Calcutta medical institutions reports 1879-81 [i.e.91]
Year: 1879
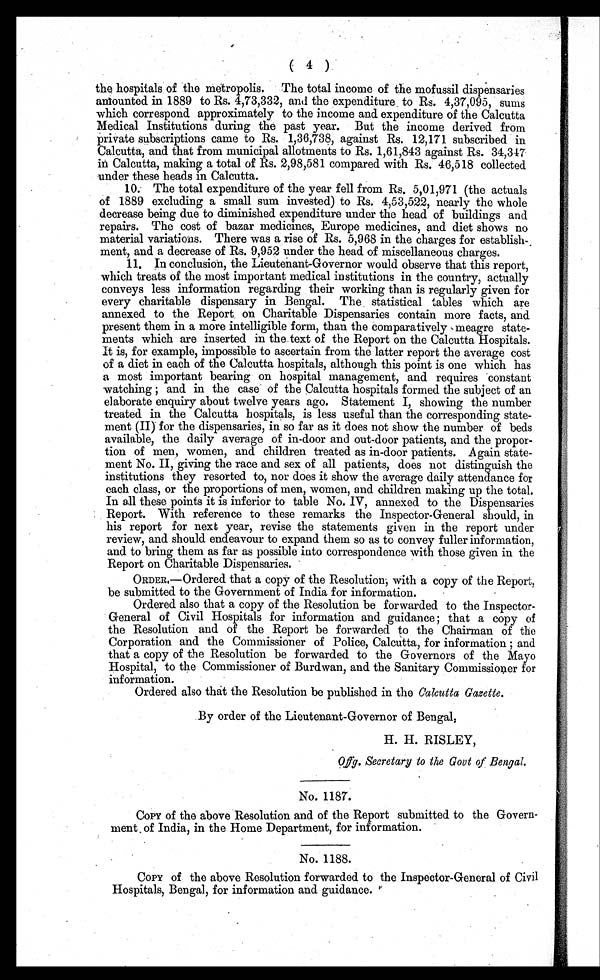
( 4 )
the hospitals of the metropolis. The total income of the mofussil dispensaries
amounted in 1889 to Rs. 4,73,332, and the expenditure to Rs. 4,37,095, sums
which correspond approximately to the income and expenditure of the Calcutta
Medical Institutions during the past year. But the income derived from
private subscriptions came to Rs. 1,36,738, against Rs. 12,171 subscribed in
Calcutta, and that from municipal allotments to Rs. 1,61,843 against Rs. 34,347
in Calcutta, making a total of Rs. 2,98,581 compared with Rs. 46,518 collected
under these heads in Calcutta.
10. The total expenditure of the year fell from Rs. 5,01,971 (the actuals
of 1889 excluding a small sum invested) to Rs. 4,53,522, nearly the whole
decrease being due to diminished expenditure under the head of buildings and
repairs. The cost of bazar medicines, Europe medicines, and diet shows no
material variations. There was a rise of Rs. 5,968 in the charges for establish-
ment, and a decrease of Rs. 9,952 under the head of miscellaneous charges.
11. In conclusion, the Lieutenant-Governor would observe that this report,
which treats of the most important medical institutions in the country, actually
conveys less information regarding their working than is regularly given for
every charitable dispensary in Bengal. The statistical tables which are
annexed to the Report on Charitable Dispensaries contain more facts, and
present them in a more intelligible form, than the comparatively meagre state
-ments which are inserted in the text of the Report on the Calcutta Hospitals.
It is, for example, impossible to ascertain from the latter report the average cost
of a diet in each of the Calcutta hospitals, although this point is one which has
a most important bearing on hospital management, and requires constant
watching; and in the case of the Calcutta hospitals formed the subject of an
elaborate enquiry about twelve years ago. Statement I, showing the number
treated in the Calcutta hospitals, is less useful than the corresponding state
-ment (II) for the dispensaries, in so far as it does not show the number of beds
available, the daily average of in-door and out-door patients, and the propor
-tion of men, women, and children treated as in-door patients. Again state
-ment No. II, giving the race and sex of all patients, does not distinguish the
institutions they resorted to, nor does it show the average daily attendance for
each class, or the proportions of men, women, and children making up the total.
In all these points it is inferior to table No. IV, annexed to the Dispensaries
Report. With reference to these remarks the Inspector-General should, in
his report for next year, revise the statements given in the report under
review, and should endeavour to expand them so as to convey fuller information,
and to bring them as far as possible into correspondence with those given in the
Report on Charitable Dispensaries.
ORDER.—Ordered that a copy of the Resolution, with a copy of the Report,
be submitted to the Government of India for information.
Ordered also that a copy of the Resolution be forwarded to the Inspector-
General of Civil Hospitals for information and guidance; that a copy of
the Resolution and of the Report be forwarded to the Chairman of the
Corporation and the Commissioner of Police, Calcutta, for information; and
that a copy of the Resolution be forwarded to the Governors of the Mayo
Hospital, to the Commissioner of Burdwan, and the Sanitary Commissioner for
information.
Ordered also that the Resolution be published in the Calcutta Gazette.
By order of the Lieutenant-Governor of Bengal,
H. H. RISLEY,
Offg. Secretary to the Govt of Bengal.
No. 1187.
COPY of the above Resolution and of the Report submitted to the Govern
-ment of India, in the Home Department, for information.
No. 1188.
COPY of the above Resolution forwarded to the Inspector-General of Civil
Hospitals, Bengal, for information and guidance.